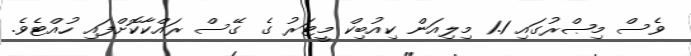
ވެސް މިޞްރުގައި 1.1 މިލިއަން ކިއުބިކް މީޓަރު ގެ ގޭސް ރައްކާކޮށްފައި ހުއްޓެވެ.